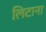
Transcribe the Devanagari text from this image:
लिटाना